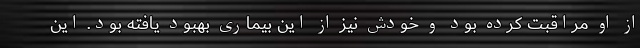
از او مراقبت کرده بود و خودش نیز از این بیماری بهبود یافته بود. این